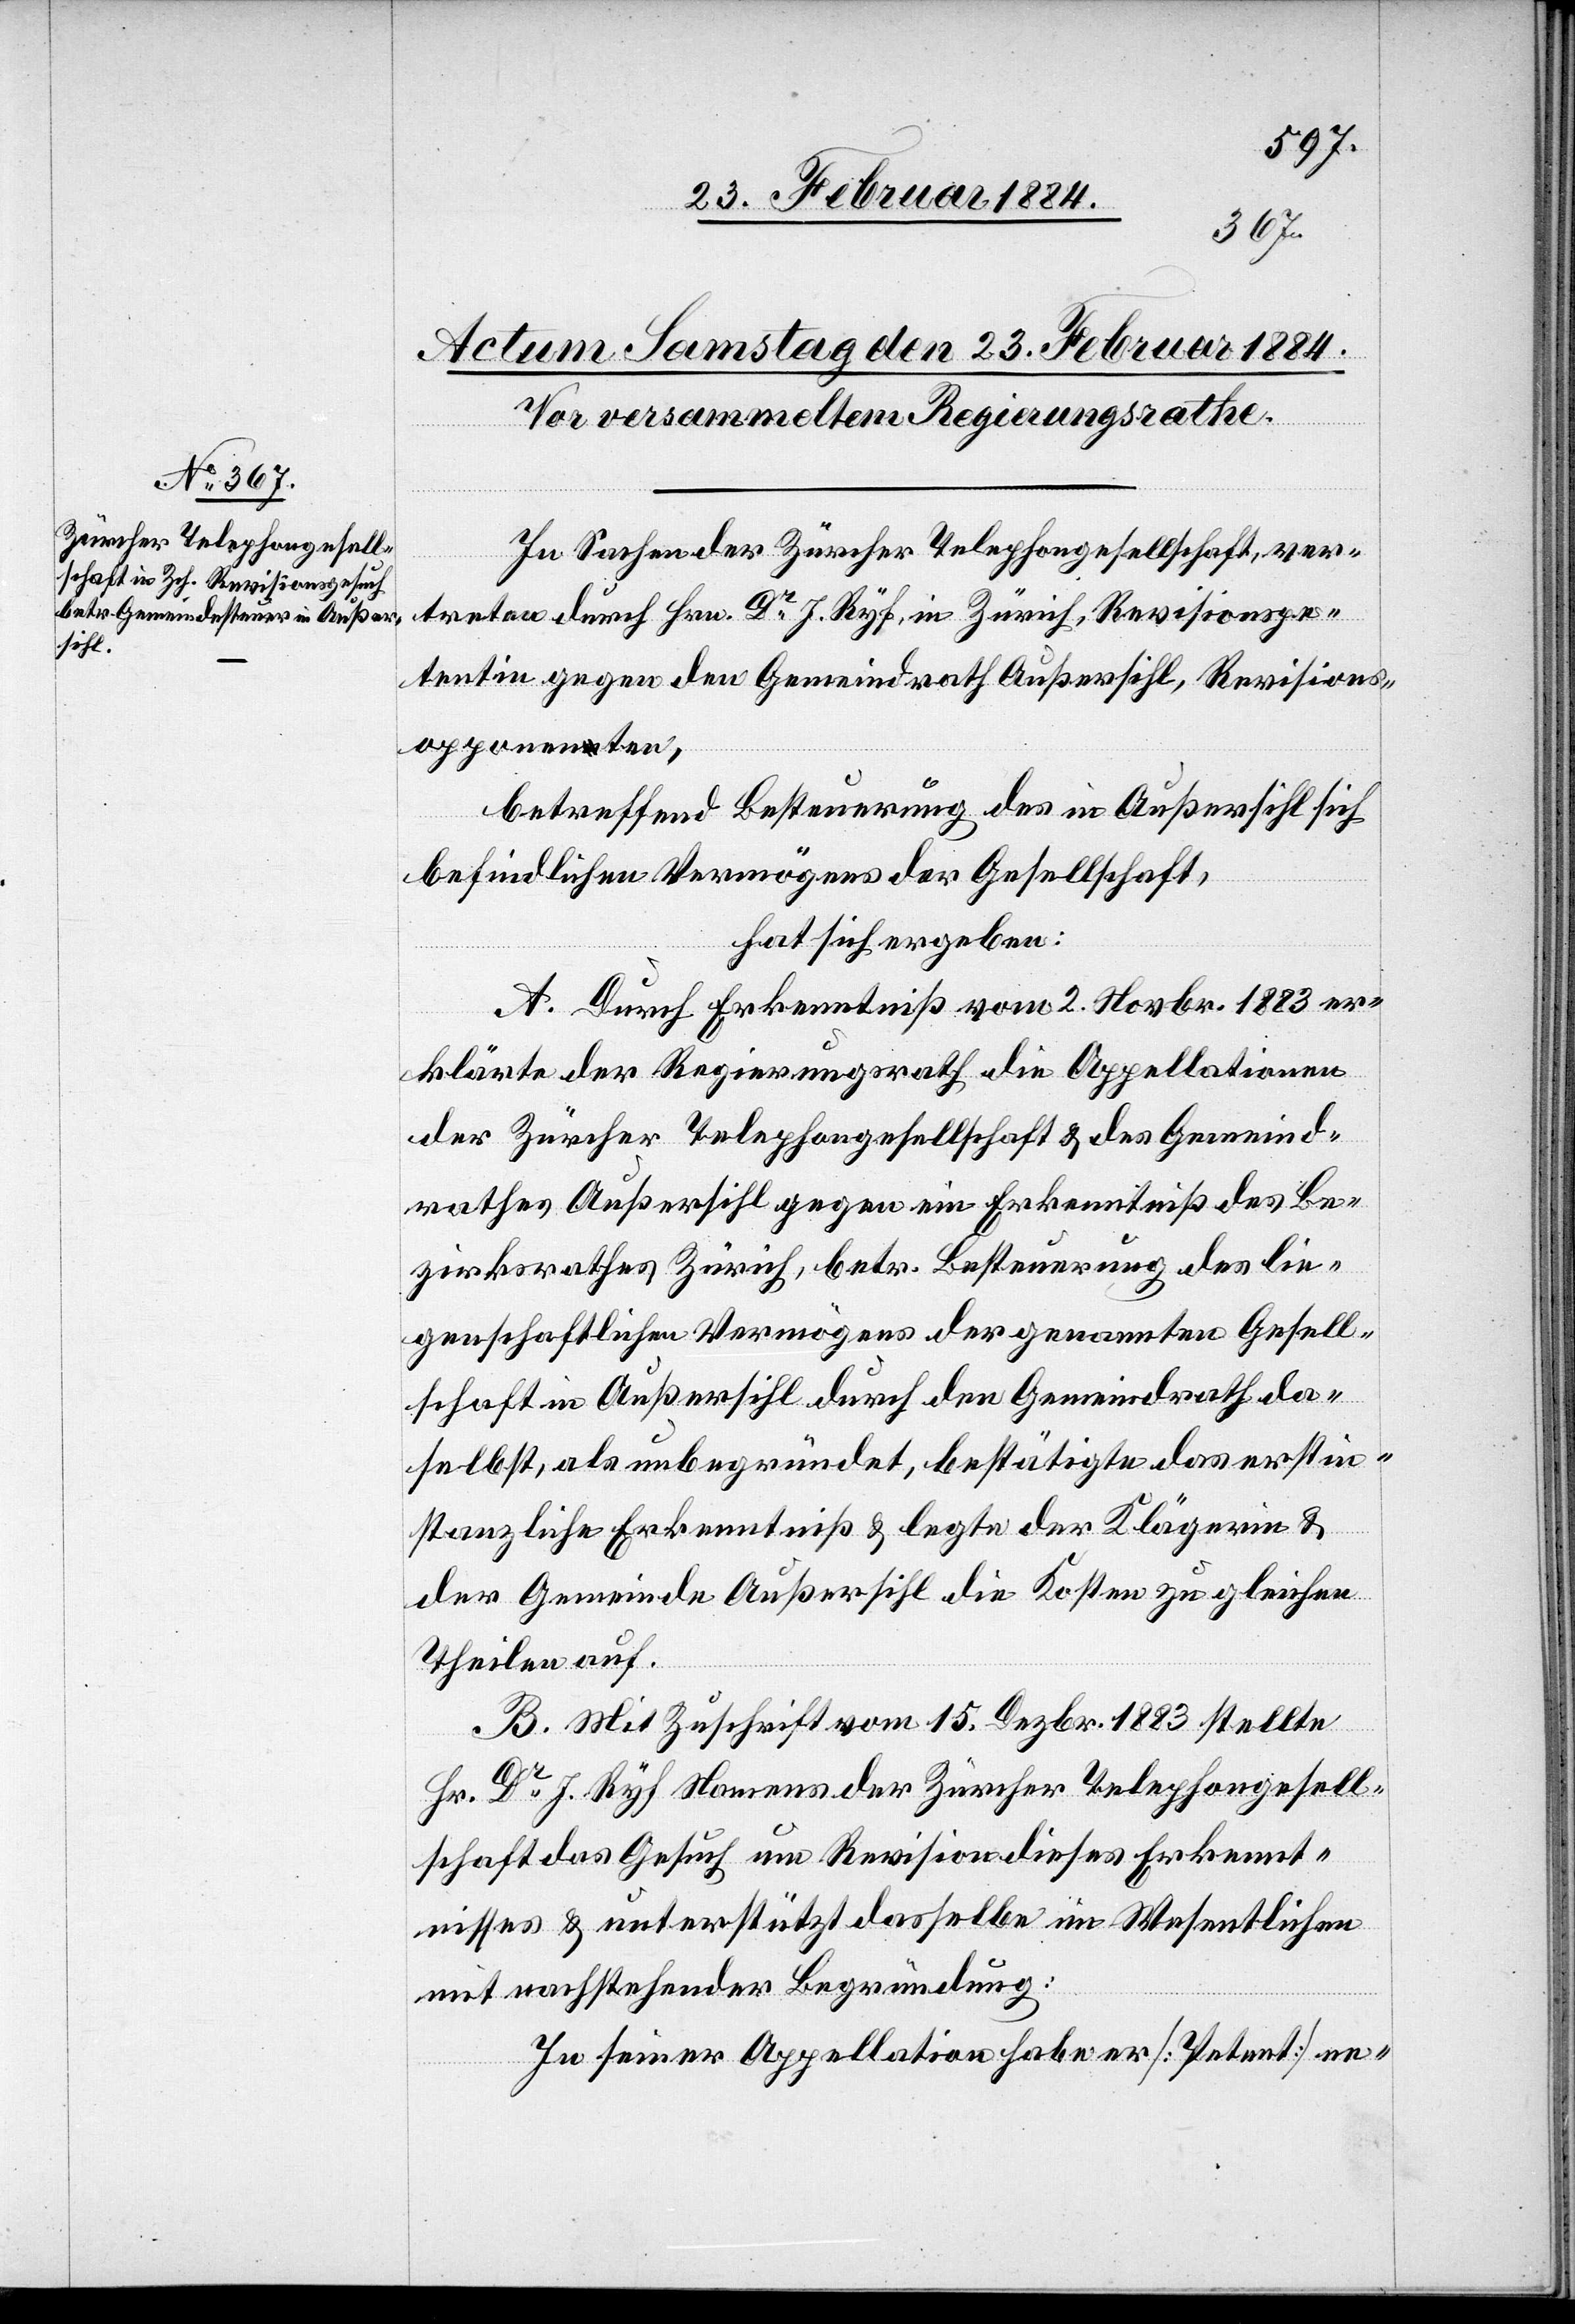
In Sachen der Zürcher Telephongesellschaft, ver¬
treten durch Hrn. Dr J. Ryf, in Zürich, Revisionspe¬
tentin gegen den Gemeindrath Außersihl, Revisions¬
opponenten,
betreffend Besteuerung des in Außersihl sich
befindlichen Vermögens der Gesellschaft,
hat sich ergeben:
A. Durch Erkenntniß vom 2. Novbr. 1883 er¬
klärte der Regierungsrath die Appellationen
der Zürcher Telephongesellschaft & des Gemeind¬
rathes Außersihl gegen ein Erkenntniß des Be¬
zirksrathes Zürich, betr. Besteuerung des lie¬
genschaftlichen Vermögens der genannten Gesell¬
schaft in Außersihl durch den Gemeindrath da¬
selbst, als unbegründet, bestätigte das erstin¬
stanzliche Erkenntniß & legte der Klägerin &
der Gemeinde Außersihl die Kosten zu gleichen
Theilen auf.
B. Mit Zuschrift vom 15. Dezbr. 1883 stellte
Hr. Dr J. Ryf Namens der Zürcher Telegraphengesell¬
schaft das Gesuch um Revision dieses Erkennt¬
nisses & unterstützt dasselbe im Wesentlichen
mit nachstehender Begründung:
In seiner Appellation habe er [Petent] ne-